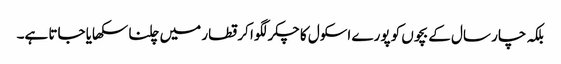
بلکہ چار سال کے بچوں کو پورے اسکول کا چکر لگوا کر قطار میں چلنا سکھایا جاتا ہے۔